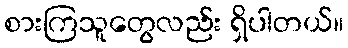
စားကြသူတွေလည်း ရှိပါတယ်။